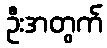
ဦးအတွက်